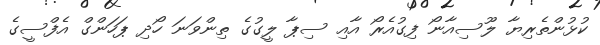
ކުޅުންތެރިޔާ ލޫސިއާނޯ ފިގުއެރޯ އާއި ސިޕާ ލީގުގެ ތިންވަނަ ހޯދި ޕަހަންގް އެފްސީގެ